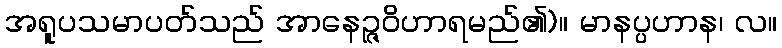
အရူပသမာပတ်သည် အာနေဉ္ဇဝိဟာရမည်၏)။ မာနပ္ပဟာန၊ လ။